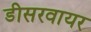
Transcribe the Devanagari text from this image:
डीसरवायर